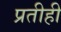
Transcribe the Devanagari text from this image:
प्रतीही